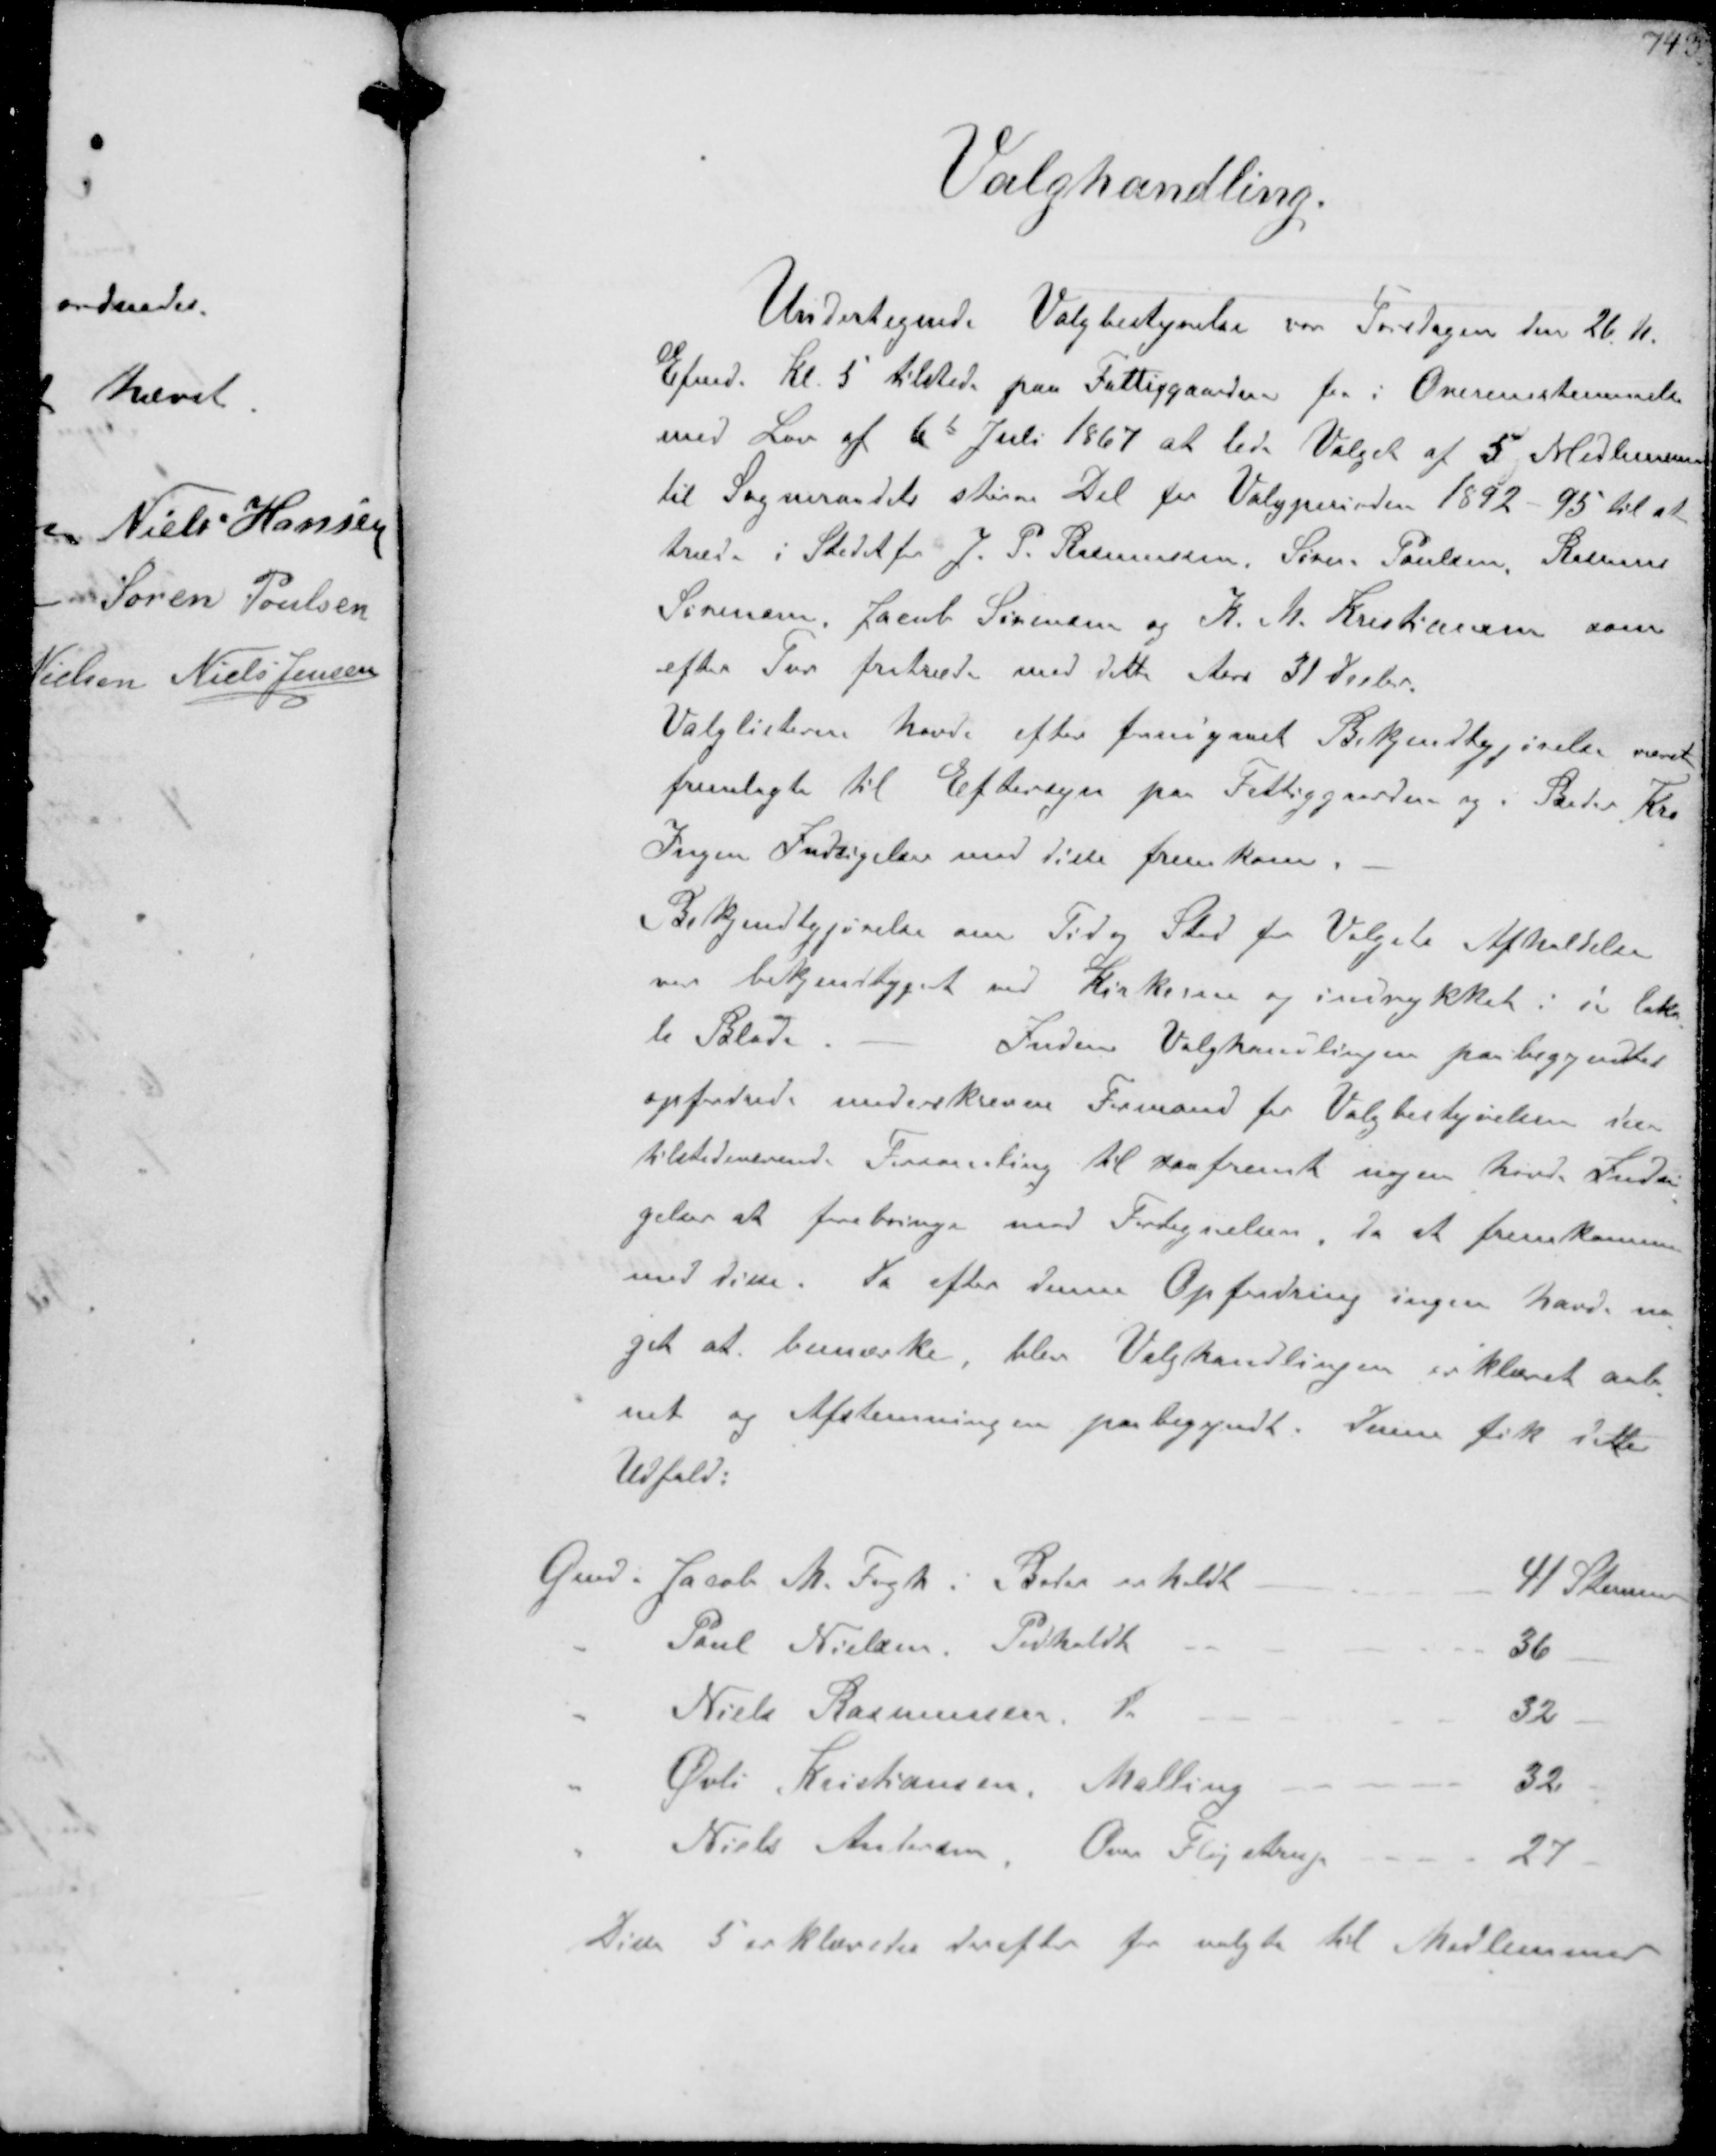
Transskription:
Valghandling.

Undertegnede Valgbestyrelse var Torsdagen den 26 ds
Efmd. Kl. 5 tilstede paa Fattiggaarden for i Overensstemmelse
med Lov af 6t Juli 1867 at lede Valget af 5 Medlemmer
til Sogneraadet større Del for Valgperioden 1892 - 95 til at
træde i Stedet for J. P. Rasmussen. Søren. Poulsen Rasmus
Sørensen Jaceb Sørensen og K.M. Kristiansen som
efter Tur fratræde med dette Aars 31 Decbr.
Valglisterne havde efter forudgaaet Bekjendtgjørelse været
fremlagte til Eftersyn paa Fattiggaarden og i Beder Kro
Ingen Indsigelse mod disse fremkom.
Bekjendtgjørelse om Tider Sted for Valgets Afholdelse
var bekjendtgjort ved Kirkerne og indrykket i de loka-
le Blade
Inden Valghandlingen paabegyndtes
opfodrede underskrevne Formand for Valgbestyrelsen den
tilstedeværende Forsamling til saafremt nogen havde Indsi-
gelser at forebringe mod Fortegnelsen da at fremkomme
med disse. Da efter denne Opfordring ingen havde no-
get at bemærke blev Valghandlingen erklæret aab-
net og Afstemningen paabegyndt. Denne fik dette
Udfald:
Gmd Jacob M. Fogh i Beder erholdt
41 Stemmer
" Paul Nielsen. Pedholdt
36
" Niels Rasmussen do
32
" Øvli Kristiansen Malling
32.
" Niels Andersen, Over Flijstrup
27
Disse 5 erklæredes derefter for valgte til Medlemmer